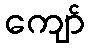
ကျော်